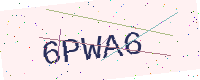
Text: 6PWA6